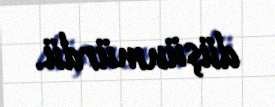
düşünmürdü.